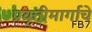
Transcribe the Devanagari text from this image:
प्रवृत्तीमार्गाचे